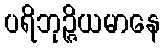
ပရိဘုဉ္ဇိယမာနေ